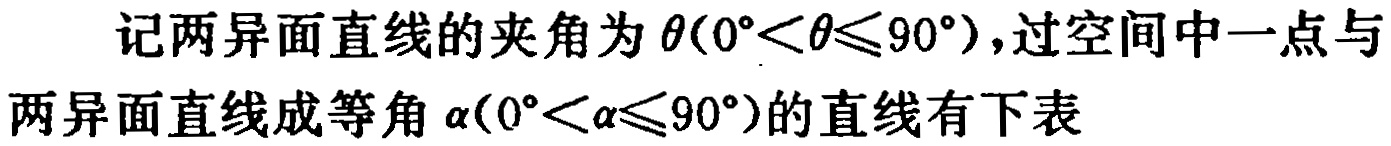
记两异面直线的夹角为\(\theta(0^{\circ}<\theta\leqslant90^{\circ})\)，过空间中一点与两异面直线成等角\(\alpha(0^{\circ}<\alpha\leqslant90^{\circ})\)的直线有下表